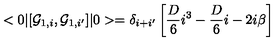
< 0 \vert [ { \cal G } _ { 1 , i } , { \cal G } _ { 1 , i ^ { \prime } } ] \vert 0 > = \delta _ { i + i ^ { \prime } } \left[ { \frac { D } { 6 } } i ^ { 3 } - { \frac { D } { 6 } } i - 2 i \beta \right]